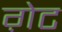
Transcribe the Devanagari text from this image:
ग़ेट